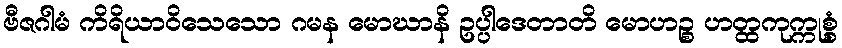
ဗီဇဂါမံ ကိရိယာဝိသေသော ဂမန မောဃာနိ ဥပ္ပါဒေတာတိ မောဟဉ္စ ဟတ္ထကုက္ကုစ္စံ